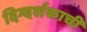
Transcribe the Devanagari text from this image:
दिग्दर्शकाची